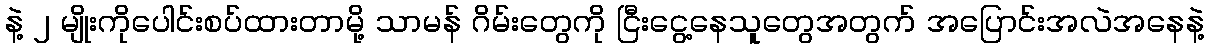
နဲ့ ၂ မျိုးကိုပေါင်းစပ်ထားတာမို့ သာမန် ဂိမ်းတွေကို ငြီးငွေ့နေသူတွေအတွက် အပြောင်းအလဲအနေနဲ့